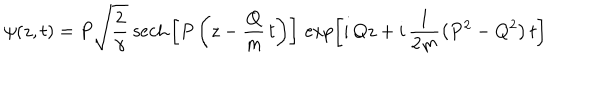
\psi ( z , t ) = P \sqrt { \frac { 2 } { \gamma } } \ \mathrm { s e c h } \left[ P \left( z - \frac { Q } { m } \, t \right) \right] \, \exp \left[ i \, Q z + i \, \frac { 1 } { 2 m } \left( P ^ { 2 } - Q ^ { 2 } \right) t \right]